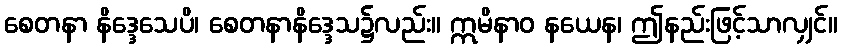
စေတနာ နိဒ္ဒေသေပိ၊ စေတနာနိဒ္ဒေသ၌လည်း။ ဣမိနာဝ နယေန၊ ဤနည်းဖြင့်သာလျှင်။